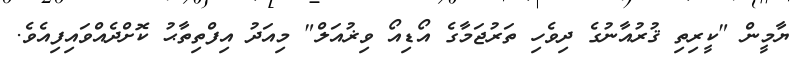
ޔާމީން "ކީރިތި ޤުރުއާނުގެ ދިވެހި ތަރުޖަމާގެ އޯޑިއޯ ވިޜުއަލް" މިއަދު އިފްތިތާޙު ކޮށްދެއްވައިފިއެވެ.